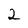
Character: 2